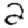
Digit: 2